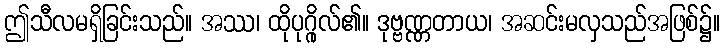
ဤသီလမရှိခြင်းသည်။ အဿ၊ ထိုပုဂ္ဂိုလ်၏။ ဒုဗ္ဗဏ္ဏတာယ၊ အဆင်းမလှသည်အဖြစ်၌။